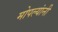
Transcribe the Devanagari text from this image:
मोपल्यांनी